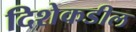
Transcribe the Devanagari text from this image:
दिशेकडील